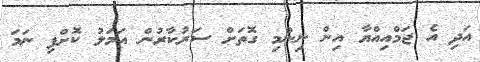
އަދި އެ ޖަމްއިއްޔާ އިން ނިންމި ގޮތަށް ސަރުކާރުން އަމަލު ކޮށްފި ނަމަ